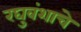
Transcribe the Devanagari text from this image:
रघुवंशाचे